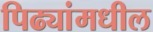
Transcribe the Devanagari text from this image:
पिढ्यांमधील